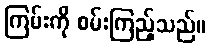
ကြမ်းကို စမ်းကြည့်သည်။